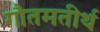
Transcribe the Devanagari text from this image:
गौतमतीर्थ